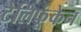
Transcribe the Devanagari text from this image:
टेलिफूंकेन